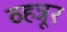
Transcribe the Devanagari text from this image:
व्हन्नूर